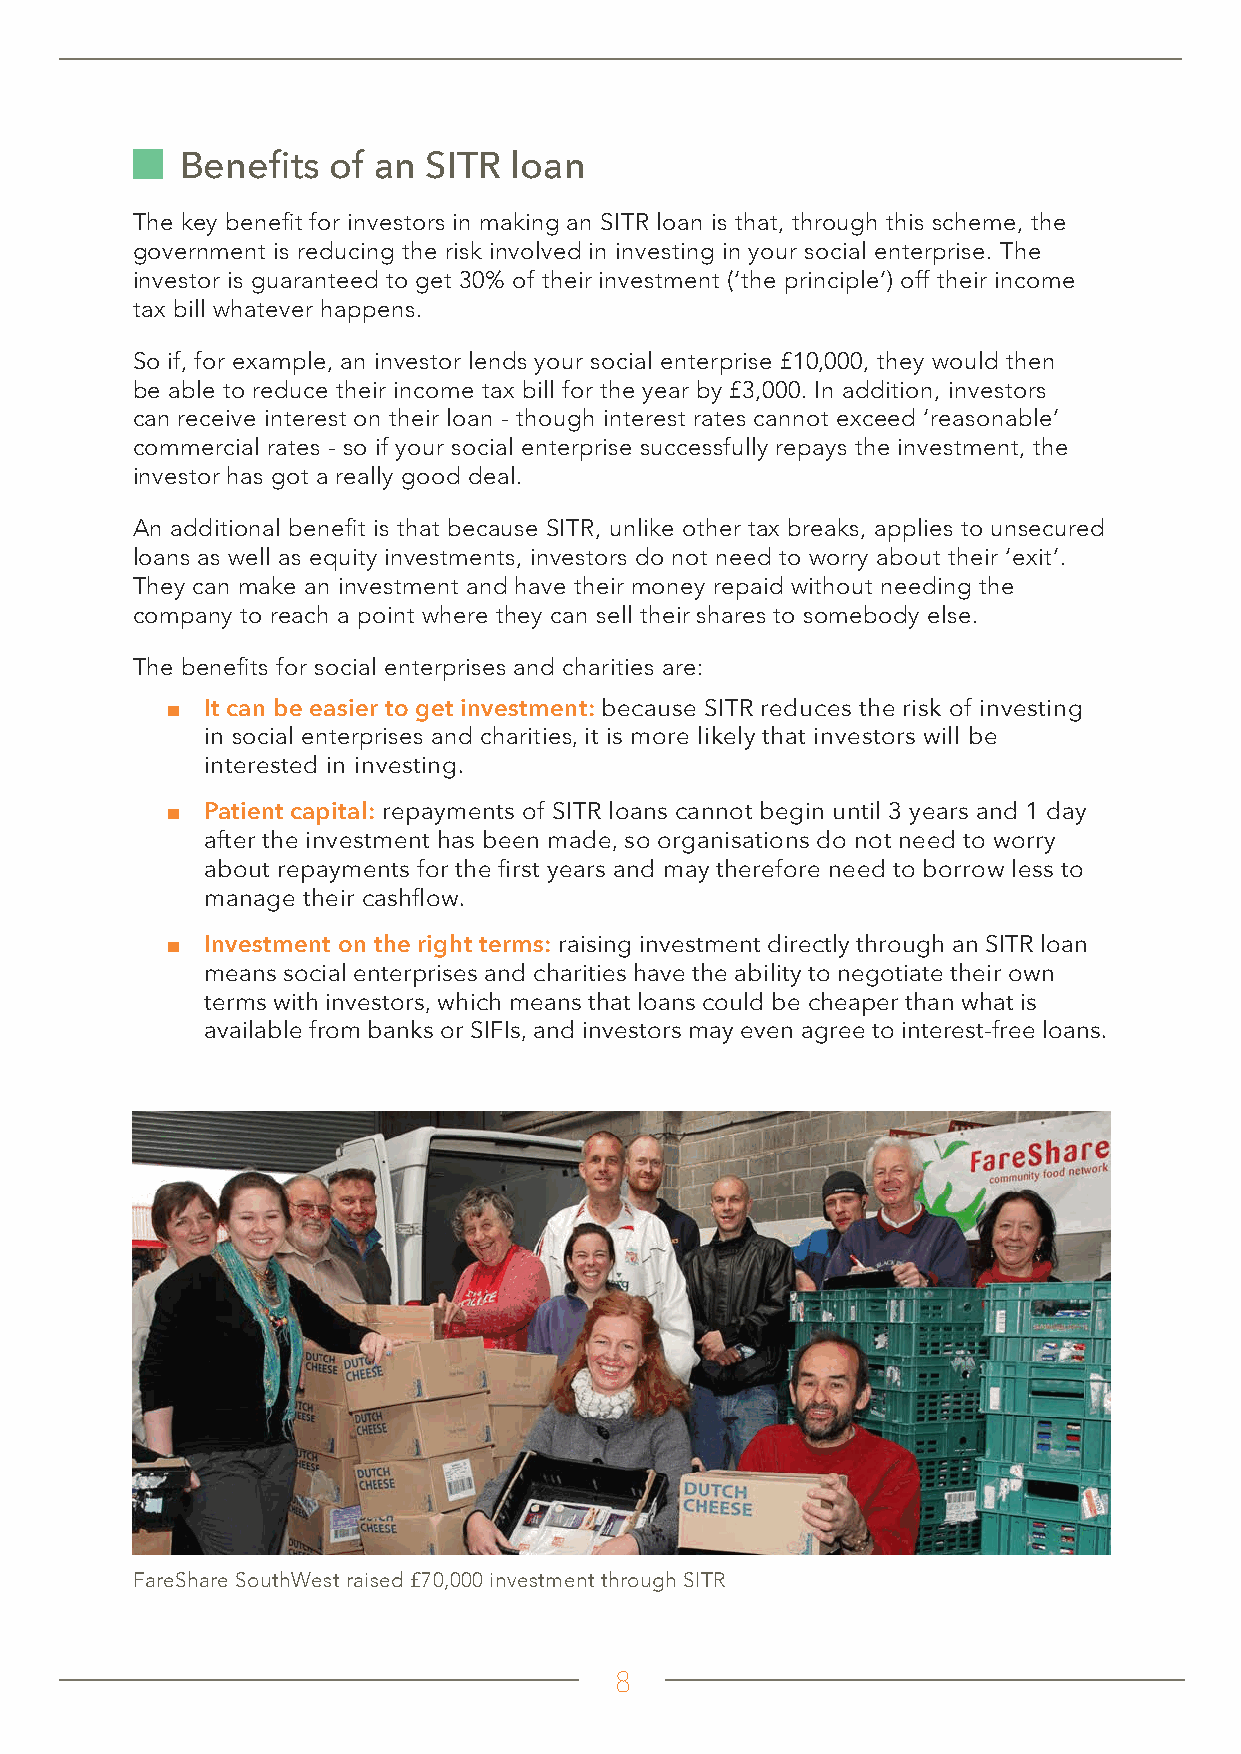
Benefits  of an SITR  loan
 The key benefit for investors in making an SITR loan is that, through this scheme, the
 government is reducing the risk involved in investing in your social enterprise. The
 investor is guaranteed to get 30% of their investment (‘the principle’) off their income
 tax bill whatever happens.
 So if, for example, an investor lends your social enterprise £10,000, they would then
 be able to reduce their income tax bill for the year by £3,000. In addition, investors
 can receive interest on their loan - though interest rates cannot exceed ‘reasonable’
 commercial rates - so if your social enterprise successfully repays the investment, the
 investor has got a really good deal.
 An additional benefit is that because SITR, unlike other tax breaks, applies to unsecured
 loans as well as equity investments, investors do not need to worry about their ‘exit’.
 They can make an investment and have their money repaid without needing the
 company to reach a point where they can sell their shares to somebody else.
 The benefits for social enterprises and charities are:
 ■ It can be easier to get investment: because SITR reduces the risk of investing
 in social enterprises and charities, it is more likely that investors will be
 interested in investing.
 ■ Patient capital: repayments of SITR loans cannot begin until 3 years and 1 day
 after the investment has been made, so organisations do not need to worry
 about repayments for the first years and may therefore need to borrow less to
 manage their cashflow.
 ■ Investment on the right terms: raising investment directly through an SITR loan
 means social enterprises and charities have the ability to negotiate their own
 terms with investors, which means that loans could be cheaper than what is
 available from banks or SIFIs, and investors may even agree to interest-free loans.
 FareShare SouthWest raised £70,000 investment through SITR
 8